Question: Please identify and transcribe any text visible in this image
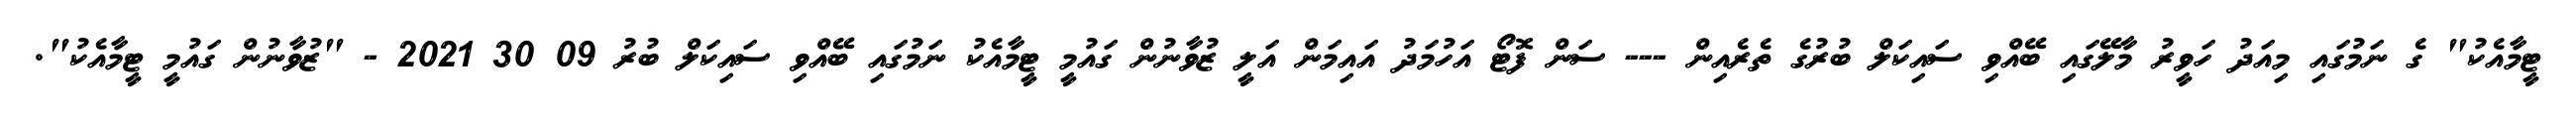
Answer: ޓީމާއެކު" ގެ ނަމުގައި މިއަދު ހަވީރު މާލޭގައި ބޭއްވި ސައިކަލް ބުރުގެ ތެރެއިން --- ސަން ފޮޓޯ އަހުމަދު އައިމަން އަލީ ޒުވާނުން ގައުމީ ޓީމާއެކު ނަމުގައި ބޭއްވި ސައިކަލް ބުރު 09 30 2021 - "ޒުވާނުން ގައުމީ ޓީމާއެކު".